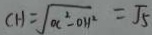
C H = \sqrt { a ^ { 2 } - 0 . 1 ^ { 2 } } = \sqrt { 5 }